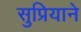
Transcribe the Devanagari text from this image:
सुप्रियाने